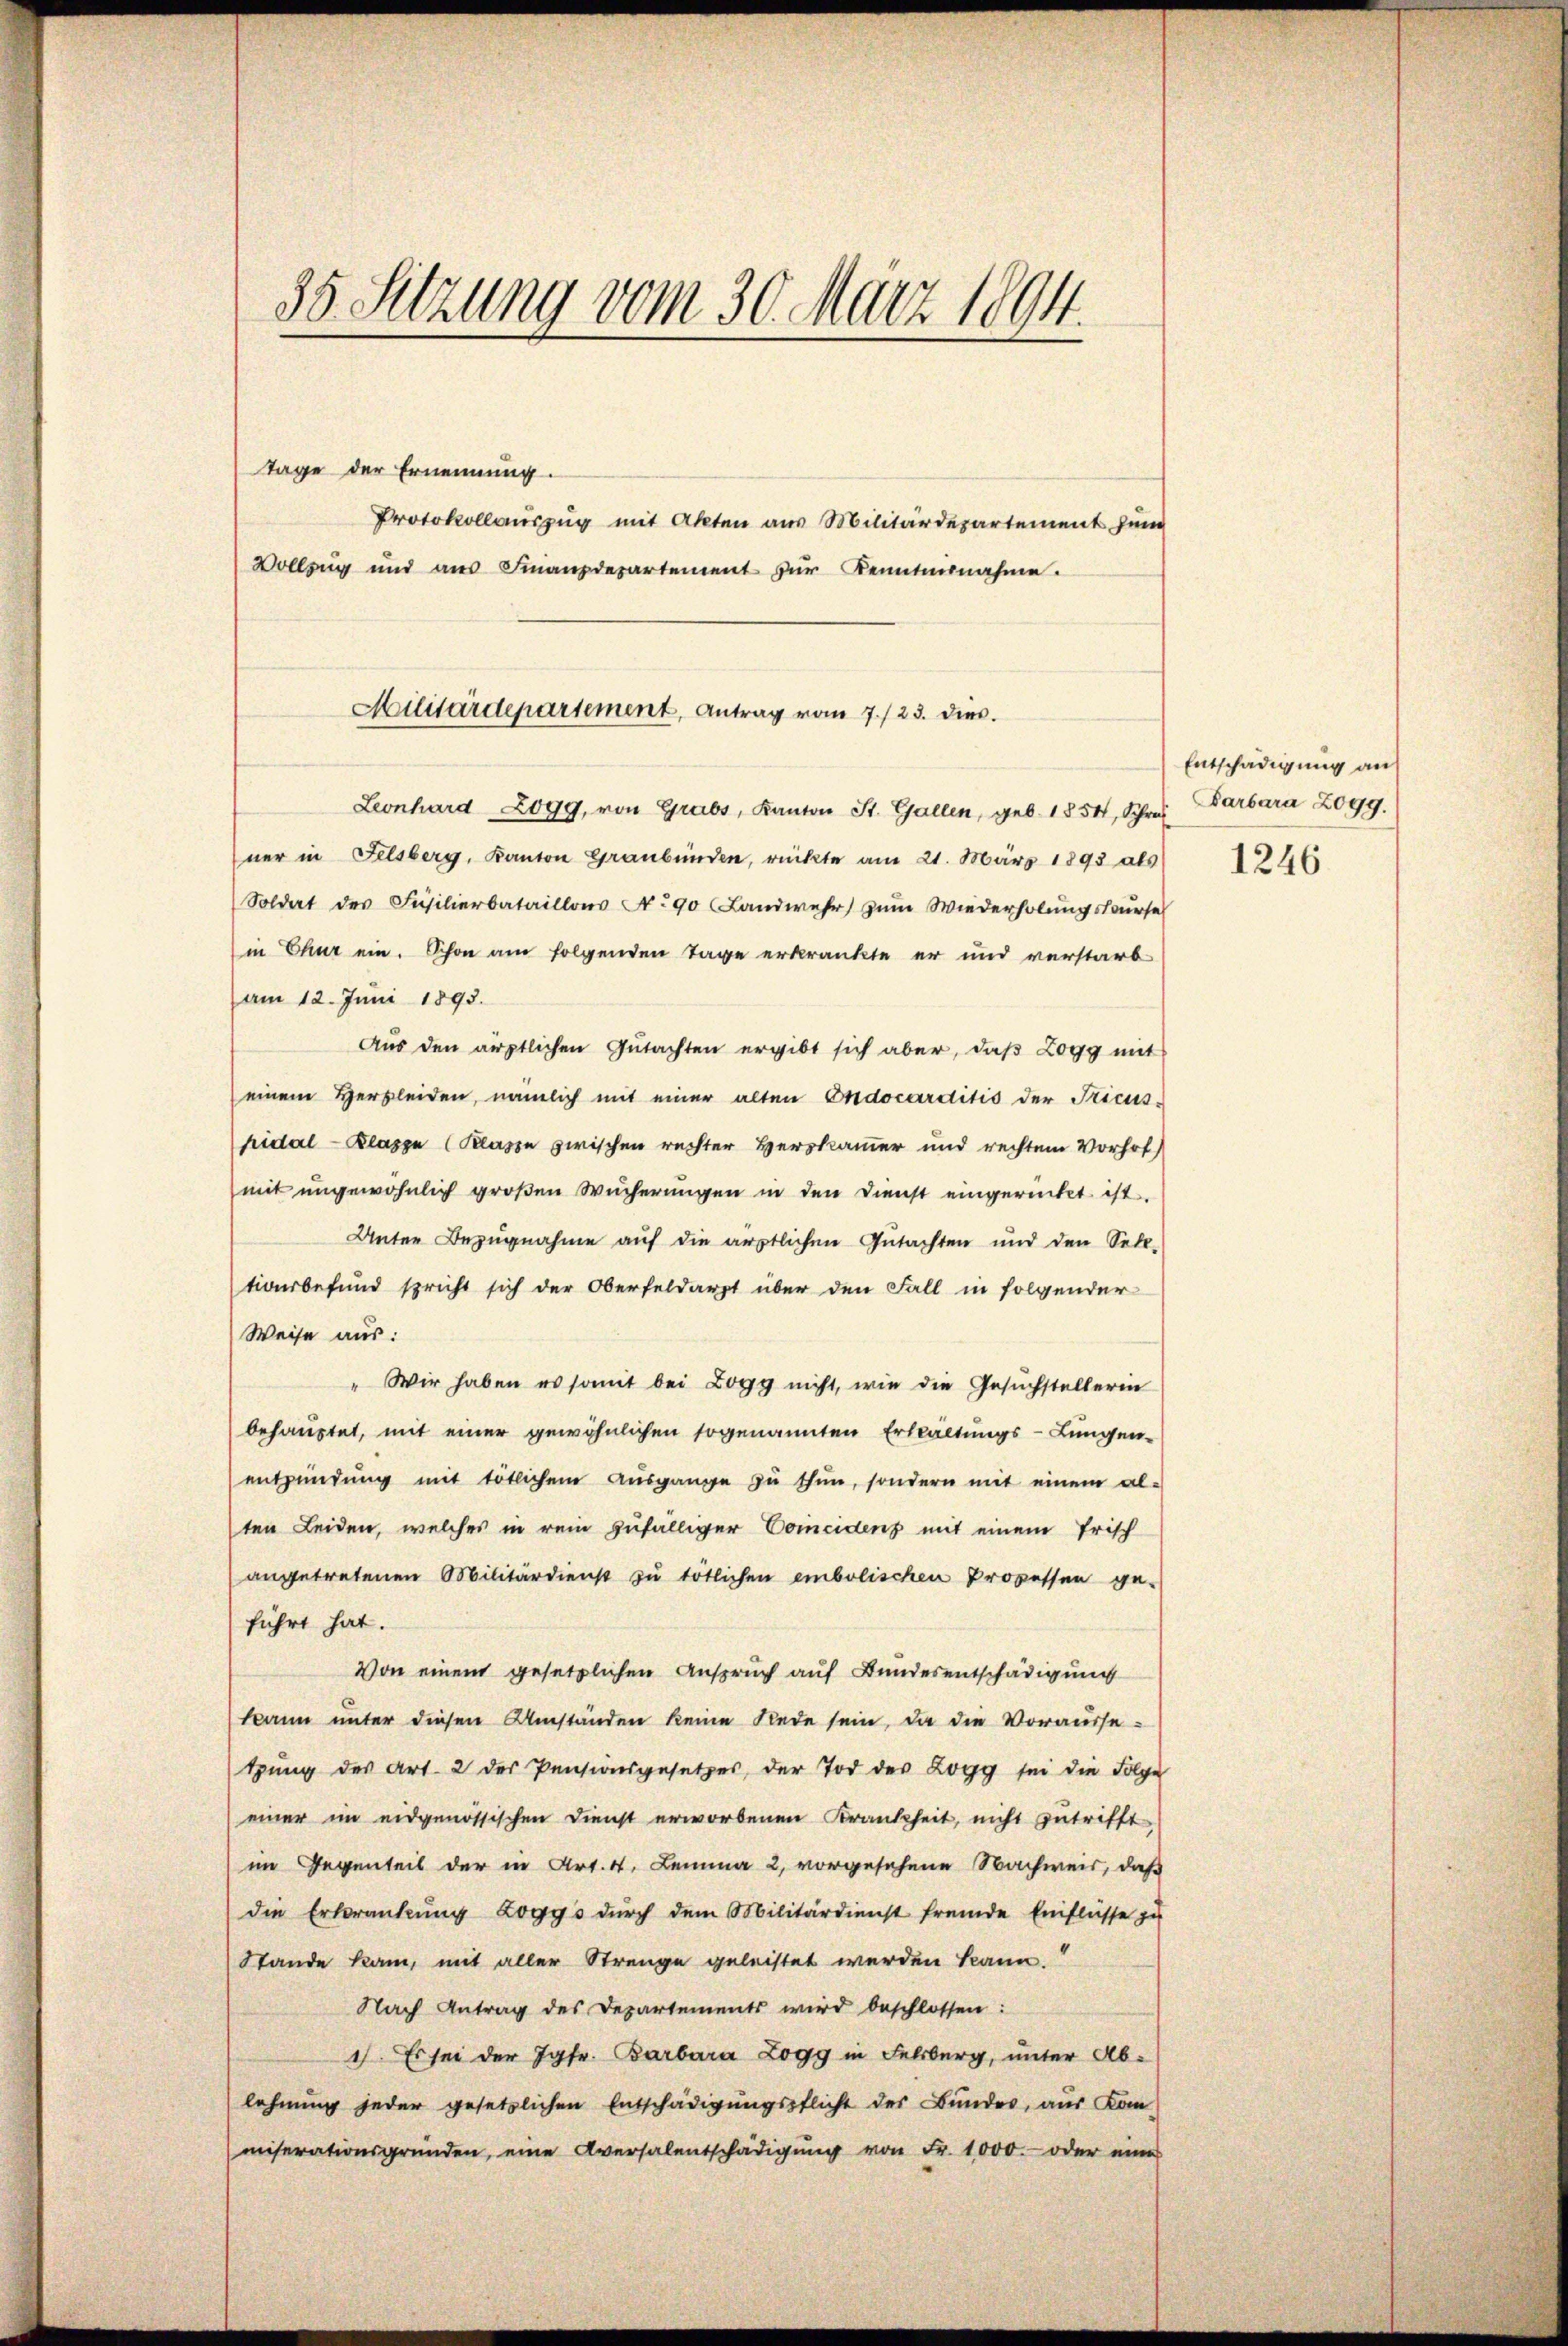
35. Sitzung vom 30. März 1894.
Tage der Ernennung.
Protokollauszug mit Akten aus Militärdepartement zum
Vollzug und ans Finanzdepartement zŭr Kenntnisnahme.

Militärdepartement, Antrag vom 7./23. dies

Leonhard 2099, von Grabs, Kanton St. Gallen, geb. 1854, Schres Barbara Zogg.
ner in Felsberg, Kanton Graubünden, rückte am 21. März 1893 als 1246
Soldat der Füsilierbataillons No 90 (Landwehr zum Wiederholungskurse
in Chur ein. Schon am folgenden Tage erkränkte er und verstarb
am 12. Juni 1893.
Aus den ärztlichen Gutachten ergibt sich aber, daβ Logg mit
einem Herzleiden, nämlich mit einer alten Endocarditio der Sticus-
hidal - Klasse (Klasse zwischen rechter Herskammer und rechtem Vorhof
mit ungewöhnlich großen Wucherungen in den Dienst eingerückt ist.
Unter Bezugnahme auf die ärztlichen Gutachten und den Sell-
tionsbefund spricht sich der Oberfeldarzt über den Fall in folgender
Weise aus:
Wir haben es somit bei Logg nicht, wie die Gesŭchstellerin
behauptet, mit einer gewöhnlichen sogenannten Erkältungs-Lungen-
entzündŭng mit tötlichem Aŭsgange zŭ thun, sondern mit einem al-
ten Leiden, welches in rein zufälliger Concidenz mit einem Frisch
angetretenen Militärdienst zu tötlichen embolischen Prozessen ge-
führt hat.
Von einem gesetzlichen Anspruch auf Bundesentschädigung
kann unter diesen Umständen keine Rede sein, da die Vorausse-
tŭng des Art. 2 des Pensionsgesetzes, der Tod der Logg sei die Folge
einer im eidgenössischen Dienst erworbenen Krankheit, nicht zutrifft
im Gegenteil der in Art. 4. Lemma 2, vorgesehene Nachweis, daß
die Erkrankung zogy's dŭrch dem Militärdienst fremde Einflüsse zu
Stande kam, mit aller Strenge geleistet werden kann.“
Nach Antrag des Departements wird beschlossen:
1). Es sei der Jgfr. Barbara Logg in Felsberg, unter Ab-
lehnung jeder gesetzlichen Entschädigungspflicht des Bundes, aus Kom
miserationsgründen, eine Aversalentschädigŭng von Fr. 1000.- oder eines

Entschädigung an